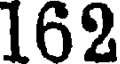
162